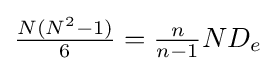
{\textstyle {\frac {N(N^{2}-1)}{6}}={\frac {n}{n-1}}ND_{e}}